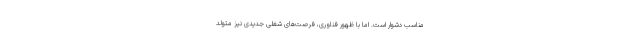
مناسب دشوار است. اما با ظهور فناوری، فرصت‌های شغلی جدیدی نیز متولد